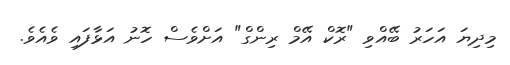
މިދިޔަ އަހަރު ބޭއްވި "ރޮކް އޭމް ރިންގް" އަށްވެސް ހޮނު އަޅާފައި ވެއެވެ.